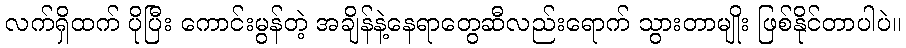
လက်ရှိထက် ပိုပြီး ကောင်းမွန်တဲ့ အချိန်နဲ့နေရာတွေဆီလည်းရောက် သွားတာမျိုး ဖြစ်နိုင်တာပါပဲ။